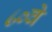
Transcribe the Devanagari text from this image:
८०वे